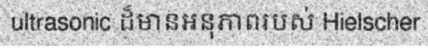
ultrasonic ដ៏មានអនុភាពរបស់ Hielscher